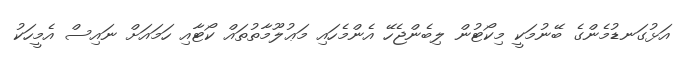
އަޅުގަނޑުމެންގެ ބޭނުމަކީ މިކޯޓުން ލިބެންޖެހޭ އެންމެހައި މަޢުލޫމާތުތައް ކޯޓާއި ހަމައަށް ނައިސް އެމީހަކު